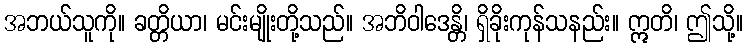
အဘယ်သူကို။ ခတ္တိယာ၊ မင်းမျိုးတို့သည်။ အဘိဝါဒေန္တိ၊ ရှိခိုးကုန်သနည်း။ ဣတိ၊ ဤသို့။